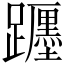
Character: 𨇠